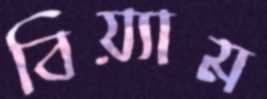
বিয়্যাম